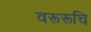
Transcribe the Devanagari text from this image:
वरूरूचि